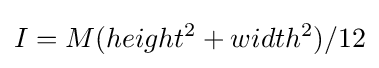
I=M(height^{2}+width^{2})/12